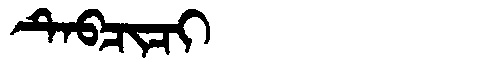
Manchu: ᡨᡝᠪᠴᡳᠴᡳ
Romanization: TEBCICI